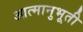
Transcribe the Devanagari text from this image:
आत्मानुभूती